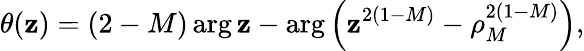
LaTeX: \theta(\mathbf{z})=(2-M)\arg\mathbf{z}-\arg\left(\mathbf{z}^{2(1-M)}-\rho_{M}^{2(1-M)}\right),